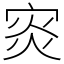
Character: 𡨼